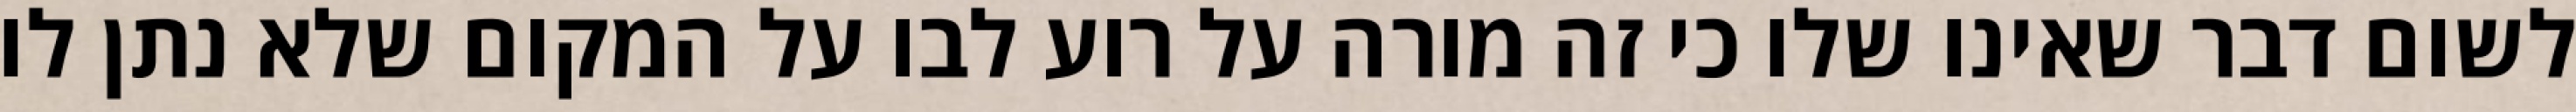
לשום דבר שאינו שלו כי זה מורה על רוע לבו על המקום שלא נתן לו